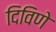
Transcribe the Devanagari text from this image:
दिविणे